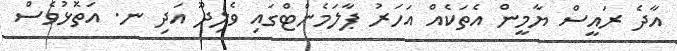
އާދެ ރައީސް ޔާމީން އެތަކެއް އަހަރު ޕާލަމެންޓްގައި ވެލިދޫ އަދި ނ. އަތޮޅުވެސް